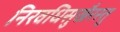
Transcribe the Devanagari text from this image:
निरवधिसुखैरस्तु